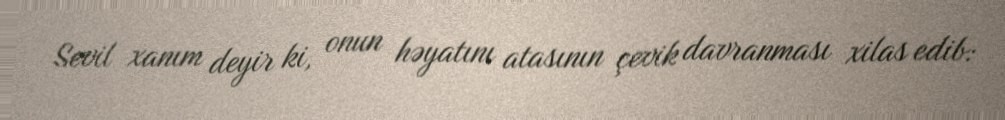
Sevil xanım deyir ki, onun həyatını atasının çevik davranması xilas edib: